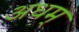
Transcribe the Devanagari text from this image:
अधम्